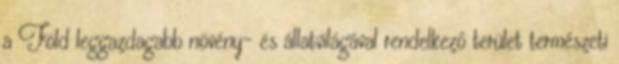
a Föld leggazdagabb növény- és állatvilágával rendelkező terület természeti